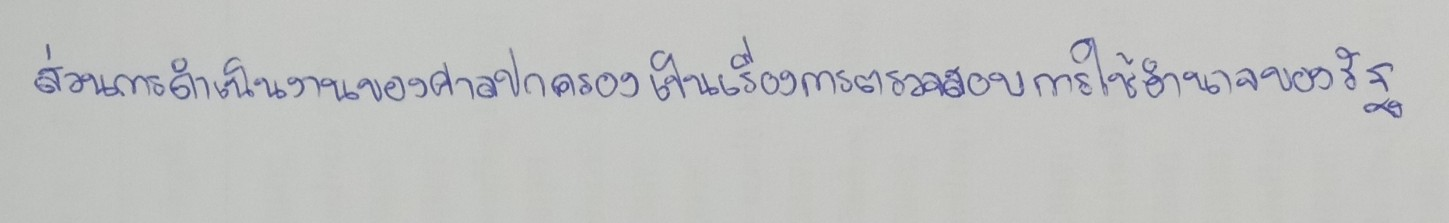
ส่วนการดำเนินงานของศาลปกครองเป็นเรื่องการตรวจสอบการใช้อำนาจของรัฐ